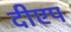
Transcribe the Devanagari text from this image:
दीएप